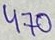
Text: 470